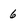
Character: 6